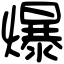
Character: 爆